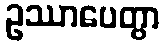
ဥဿာပေတွာ